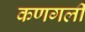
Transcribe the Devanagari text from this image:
कणगली